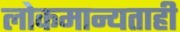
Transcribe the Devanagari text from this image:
लोकमान्यताही